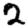
Digit: 2